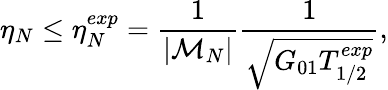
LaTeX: \eta_{N}\leq\eta_{N}^{exp}=\frac{1}{|{\cal M}_{N}|}\frac{1}{\sqrt{G_{01}T_{1/2}^{exp}}},